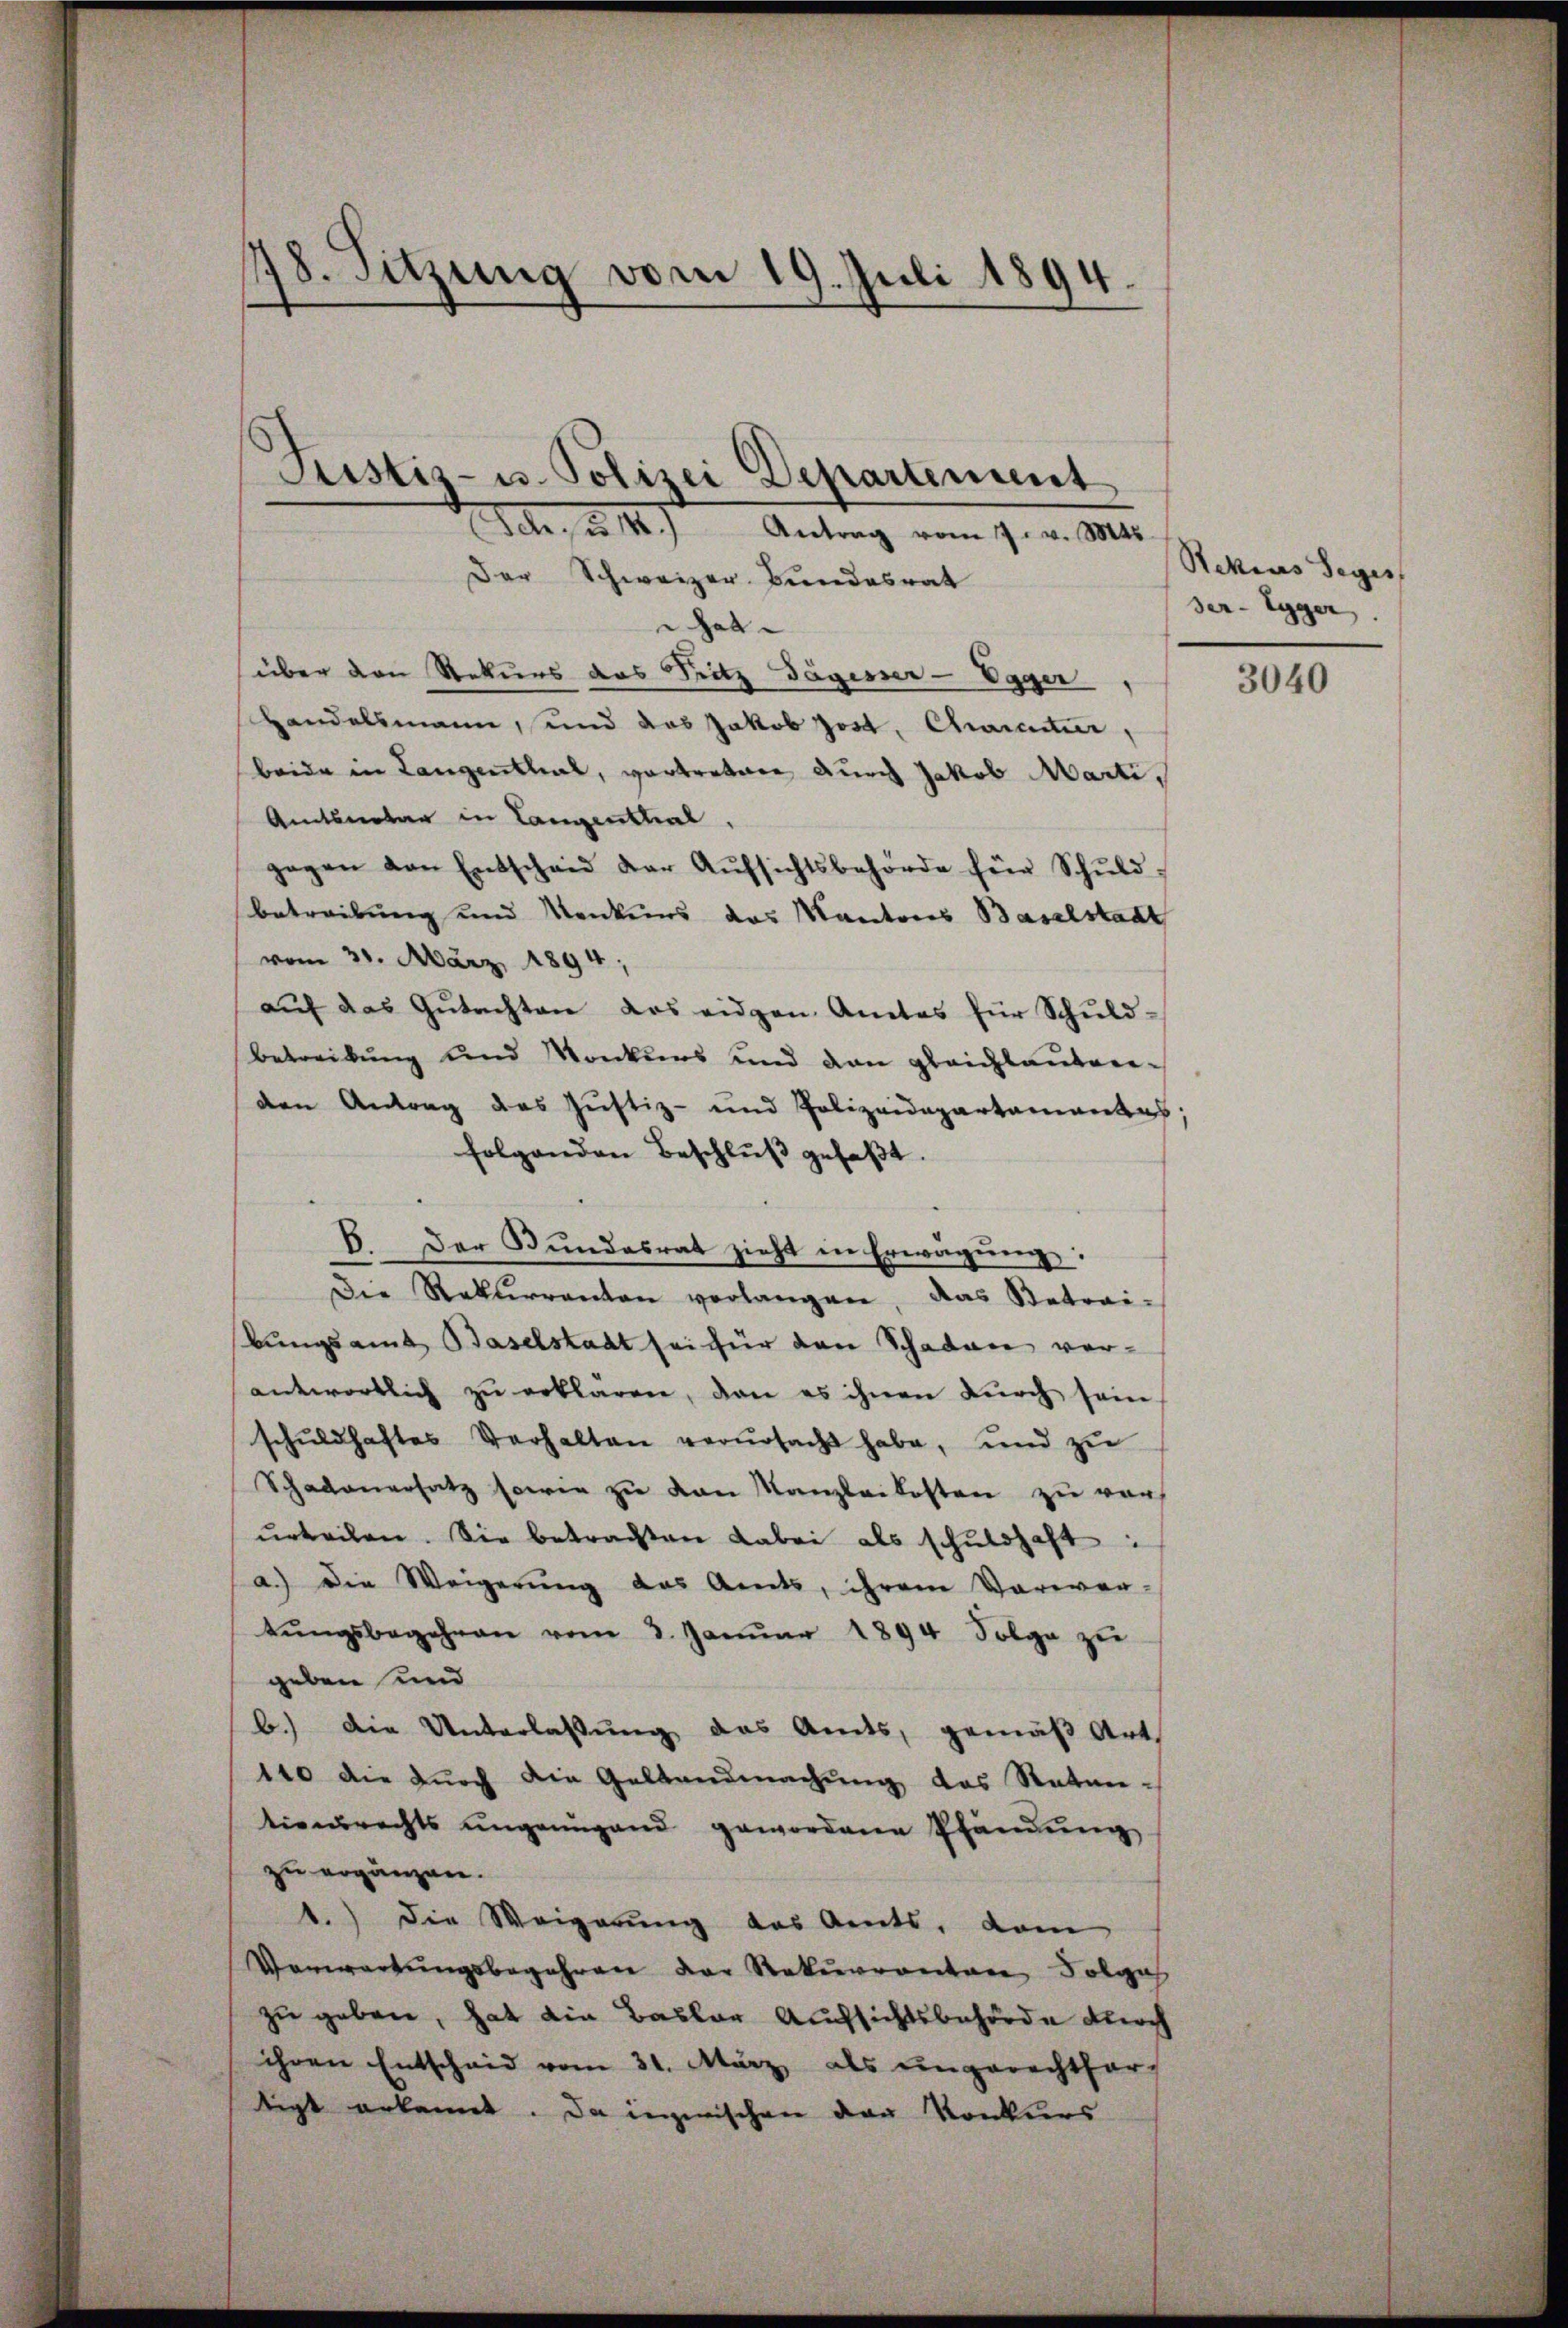
18. Sitzung vom 19. Juli 1894.

Justiz- u. Polizei Departement
Der, u. 118.) Antrag vom 17. v. Mts.

Der Schweizer Bundesrat
hat
über den Rekurs das Sitz Tägisser - Egger
Handelsmann, und das Jakob Jos. Charentier,
beide in Langenthal, vortreture durch Jakob Marti,
Amtserbar in Langenthal,
gegen von Entscheid der Aŭfsichtsbehörde für Schŭld-
betreibung und Konkurs das Kantons Baselstadt
vom 31. März 1894;
aŭf das Gŭtachten das eidgen. Amtes für Schuld-
betreibung und Konkurs und dan gleichlauten-
den Antrag des Justiz- und Polizeidepartamentes;
folgenden Beschlŭβ gefaβt.
E. Der Bundesrat zieht in Erwägŭng:
Die Rekurrenten verlangen, das Betrai-
bungsamt Baselstadt sei für den Schaden ver-
antwortlich zŭ erklären, dan es ihnen durch sein
schŭldhaftes Verhalten verŭrsacht habe, und zŭ
Schadenersatz sowie zu von Kanzleikosten zu vor
ŭrteilen. Sie betrachten dabei als schuldhaft:
a.) die Weigerŭng das Amts, ihrem Verwen-
tŭngsbegehren vom 3. Janŭar 1894 Folge zŭ
geben und
b.) Die Unterlassung das Amts, gemäβ Art.
110 die durch die Geltendmachung des Raten-
tionsrechts ungenügend gewordene Pfändung
zu ergänzen.
1.) Die Weigerung das Amts, dam
Verwartungsbegehren der Rekurrenten Folge
zu geben, hat die Basler Aufsichtsbehörde durch
ihren Entscheid vom 31. März als ungerechtfertigt erkennt. Da inzwischen der Konkurs

Rekias Seges
ser-Egger.

3040